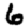
Digit: 6